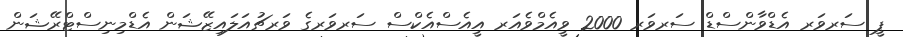
ޕީ ސަރވަރ އެޑްވާންސްޑް ސަރވަރ 2000 ވީއެމްވެއަރ އީއެސްއެކްސް ސަރވަރގެ ވަރޗުއަލައިޒޭޝަން އެޑްމިނިސްޓްރޭޝަން